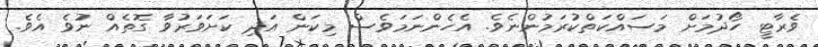
ވެރާޓީ ހޯދުމަށް މަސައްކަތްކުރަމުންނެވެ. އެހެންނަމަވެސް މިކަން އަދި ކަށަވަރުވާ ގޮތެއް ނުވެ އެވެ.